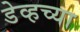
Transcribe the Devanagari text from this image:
डेव्हच्या